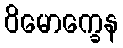
ဝိမောက္ခေန